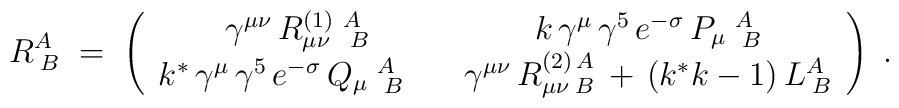
R_{\;B}^A\;=\; \left( \begin{array}{cc}\gamma^{\mu\nu}\,R_{\mu\nu}^{(1)}\;_{\;B}^A & k\,\gamma^\mu\,\gamma^5\,e^{-\sigma}\,P_\mu\;_{\;B}^A \\k^*\,\gamma^\mu\,\gamma^5\,e^{-\sigma}\,Q_\mu\;_{\;B}^A\quad &\gamma^{\mu\nu}\,R_{\mu\nu\;B}^{(2)\,A}\,+\,(k^*k-1)\,L_{\;B}^A\end{array} \right) \;.